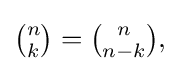
{\textstyle {\binom {n}{k}}={\binom {n}{n-k}},}